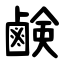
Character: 鹸